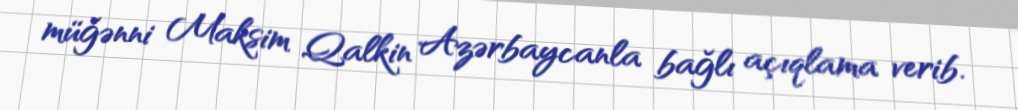
müğənni Maksim Qalkin Azərbaycanla bağlı açıqlama verib.